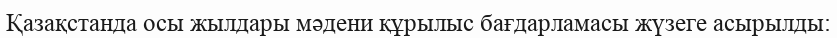
Қазақстанда осы жылдары мәдени құрылыс бағдарламасы жүзеге асырылды: